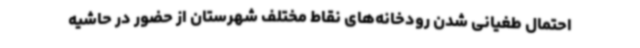
‌احتمال طغیانی شدن رودخانه‌های نقاط مختلف شهرستان از حضور در حاشیه